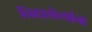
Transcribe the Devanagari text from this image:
निवडलेल्यांना